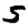
Digit: 5